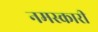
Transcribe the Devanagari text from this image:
नमस्कारी